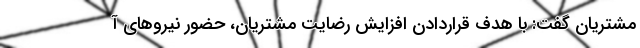
مشتریان گفت: با هدف قراردادن افزایش رضایت مشتریان، حضور نیروهای آ